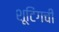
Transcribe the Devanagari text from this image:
शूटिंगची